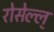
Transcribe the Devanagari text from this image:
रोसेल्ल्